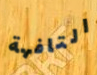
التافهة